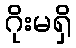
ဂိုးမရှိ